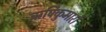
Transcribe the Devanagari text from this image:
ऋषिकुमारों